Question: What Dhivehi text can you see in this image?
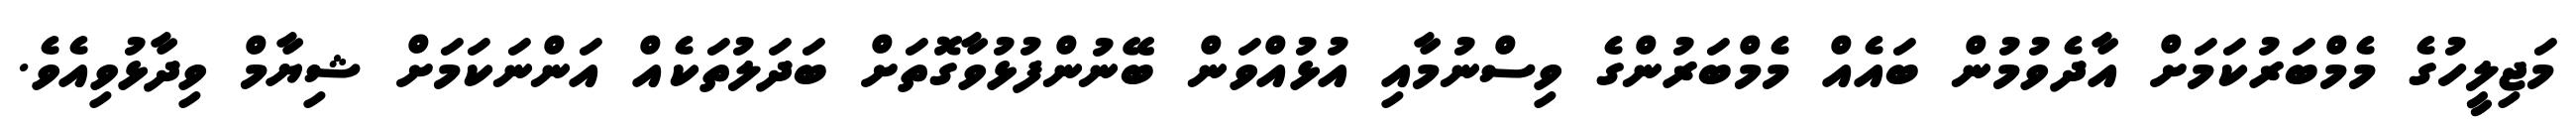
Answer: މަޖިލީހުގެ މެމްބަރުކަމަށް އާދެވުމުން ބައެއް މެމްބަރުންގެ ވިސްނުމާއި އުޅުއްވަން ބޭނުންފުޅުވާގޮތަށް ބަދަލުތަކެއް އަންނަކަމަށް ޝިޔާމް ވިދާޅުވިއެވެ.